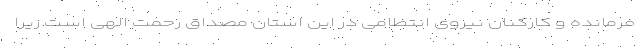
فرمانده و کارکنان نیروی انتظامی در این استان مصداق رحمت الهی است زیرا